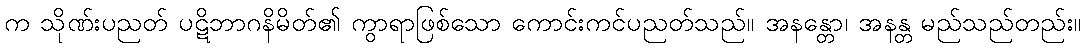
က သိုဏ်းပညတ် ပဋိဘာဂနိမိတ်၏ ကွာရာဖြစ်သော ကောင်းကင်ပညတ်သည်။ အနန္တော၊ အနန္တ မည်သည်တည်း။